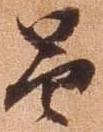
昌